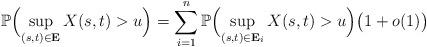
LaTeX: \begin{align*} \mathbb{P} \Bigl( \sup_{(s,t)\in\mathbf{E} } X(s,t)> u \Bigr) =\sum_{i=1}^n\mathbb{P} \Bigl( \sup_{(s,t)\in\mathbf{E} _i} X(s,t)> u \Bigr) \bigl(1+o(1)\bigr)\end{align*}